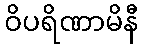
ဝိပရိဏာမိနီ